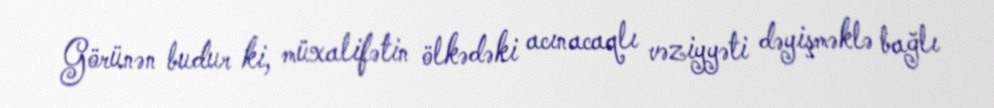
Görünən budur ki, müxalifətin ölkədəki acınacaqlı vəziyyəti dəyişməklə bağlı